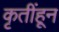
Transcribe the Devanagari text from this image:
कृतींहून